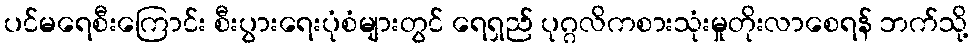
ပင်မရေစီးကြောင်း စီးပွားရေးပုံစံများတွင် ရေရှည် ပုဂ္ဂလိကစားသုံးမှုတိုးလာစေရန် ဘက်သို့